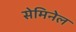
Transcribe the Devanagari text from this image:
सेमिनेल